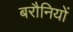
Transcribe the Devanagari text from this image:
बरौनियों